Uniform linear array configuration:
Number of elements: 64
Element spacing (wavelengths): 0.75
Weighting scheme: kaiser
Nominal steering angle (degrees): -45
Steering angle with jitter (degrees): -43.106
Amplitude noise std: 0.05
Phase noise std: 0.05

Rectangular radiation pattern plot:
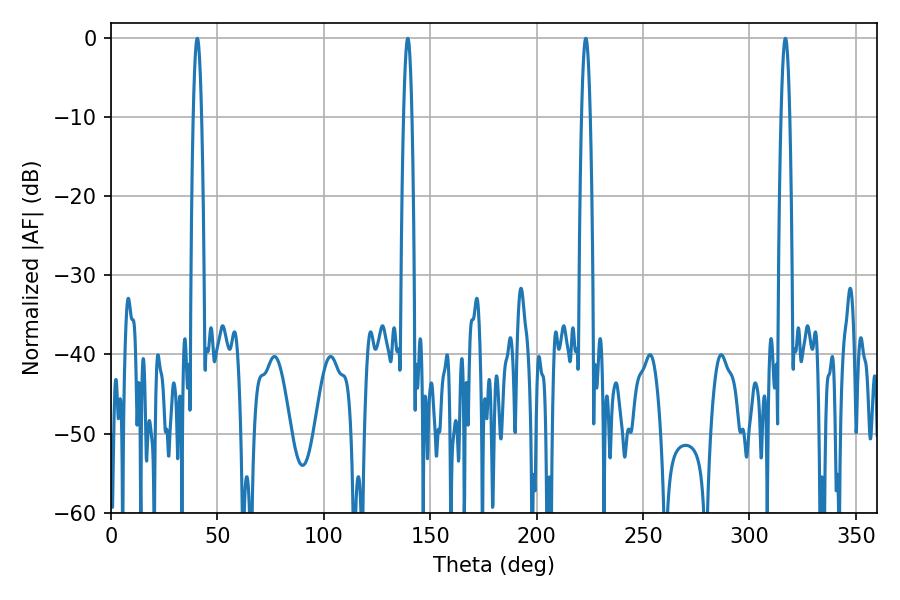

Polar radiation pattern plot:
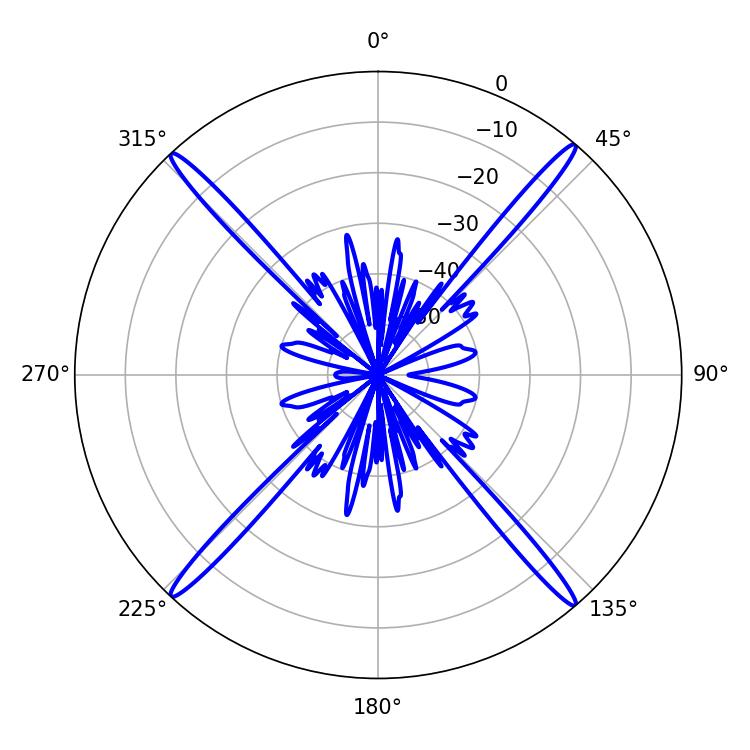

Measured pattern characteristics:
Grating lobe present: TRUE
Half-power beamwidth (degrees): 1.98
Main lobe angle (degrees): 139.5